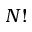
{ N } !